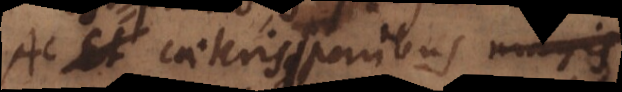
Ac caeteris paribus eo magis